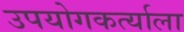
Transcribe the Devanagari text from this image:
उपयोगकर्त्याला